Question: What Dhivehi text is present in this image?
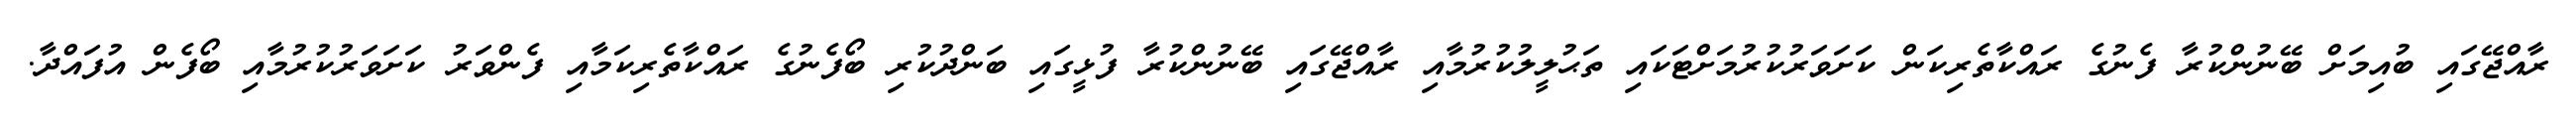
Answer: ރާއްޖޭގައި ބުއިމަށް ބޭނުންކުރާ ފެނުގެ ރައްކާތެރިކަން ކަށަވަރުކުރުމަށްޓަކައި ތަޙުލީލުކުރުމާއި ރާއްޖޭގައި ބޭނުންކުރާ ފުޅީގައި ބަންދުކުރި ބޯފެނުގެ ރައްކާތެރިކަމާއި ފެންވަރު ކަށަވަރުކުރުމާއި ބޯފެން އުފައްދާ.